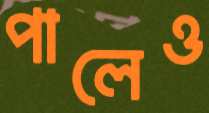
পালেও